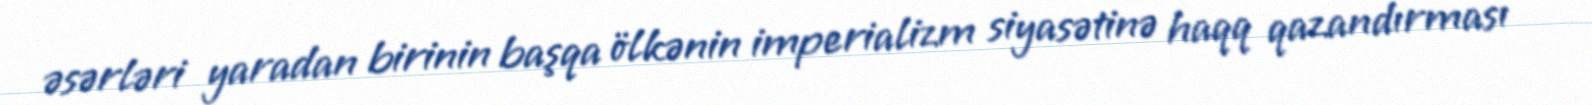
əsərləri yaradan birinin başqa ölkənin imperializm siyasətinə haqq qazandırması